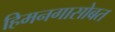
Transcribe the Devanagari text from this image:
हिमनगासोबत